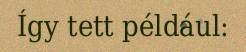
Így tett például: